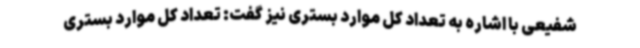
شفیعی با اشاره به تعداد کل موارد بستری نیز گفت: تعداد کل موارد بستری